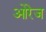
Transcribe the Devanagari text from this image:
ओरेज